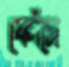
ফোঁসে